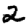
Digit: 2